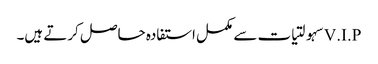
V.I.Pسہولتیات سے مکمل استفادہ حاصل کرتے ہیں۔